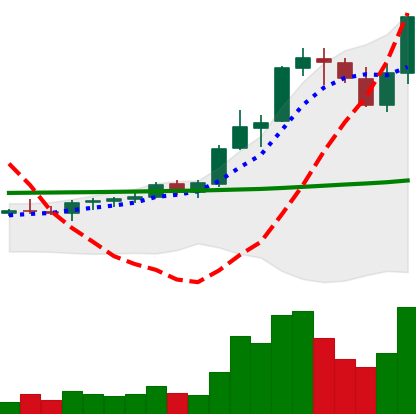
Ticker: ADA-USD
Chart end date: 2021-08-19
Forward return: 12.065%
Label: up_7plus